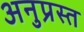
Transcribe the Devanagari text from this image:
अनुप्रस्त